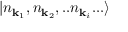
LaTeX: | n _ { { \mathbf { k } } _ { 1 } } , n _ { { \mathbf { k } } _ { 2 } } , . . n _ { { \mathbf { k } } _ { i } } . . . \rangle